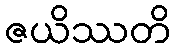
ဇယိဿတိ